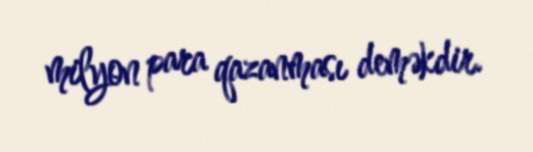
milyon para qazanması deməkdir.